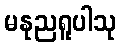
မနုညရူပါသု